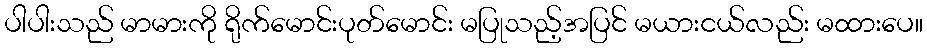
ပါပါးသည် မာမားကို ရိုက်မောင်းပုတ်မောင်း မပြုသည့်အပြင် မယားငယ်လည်း မထားပေ။